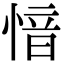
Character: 愔